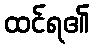
ထင်ရ၏